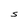
Character: S